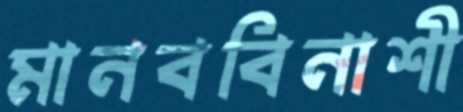
মানববিনাশী